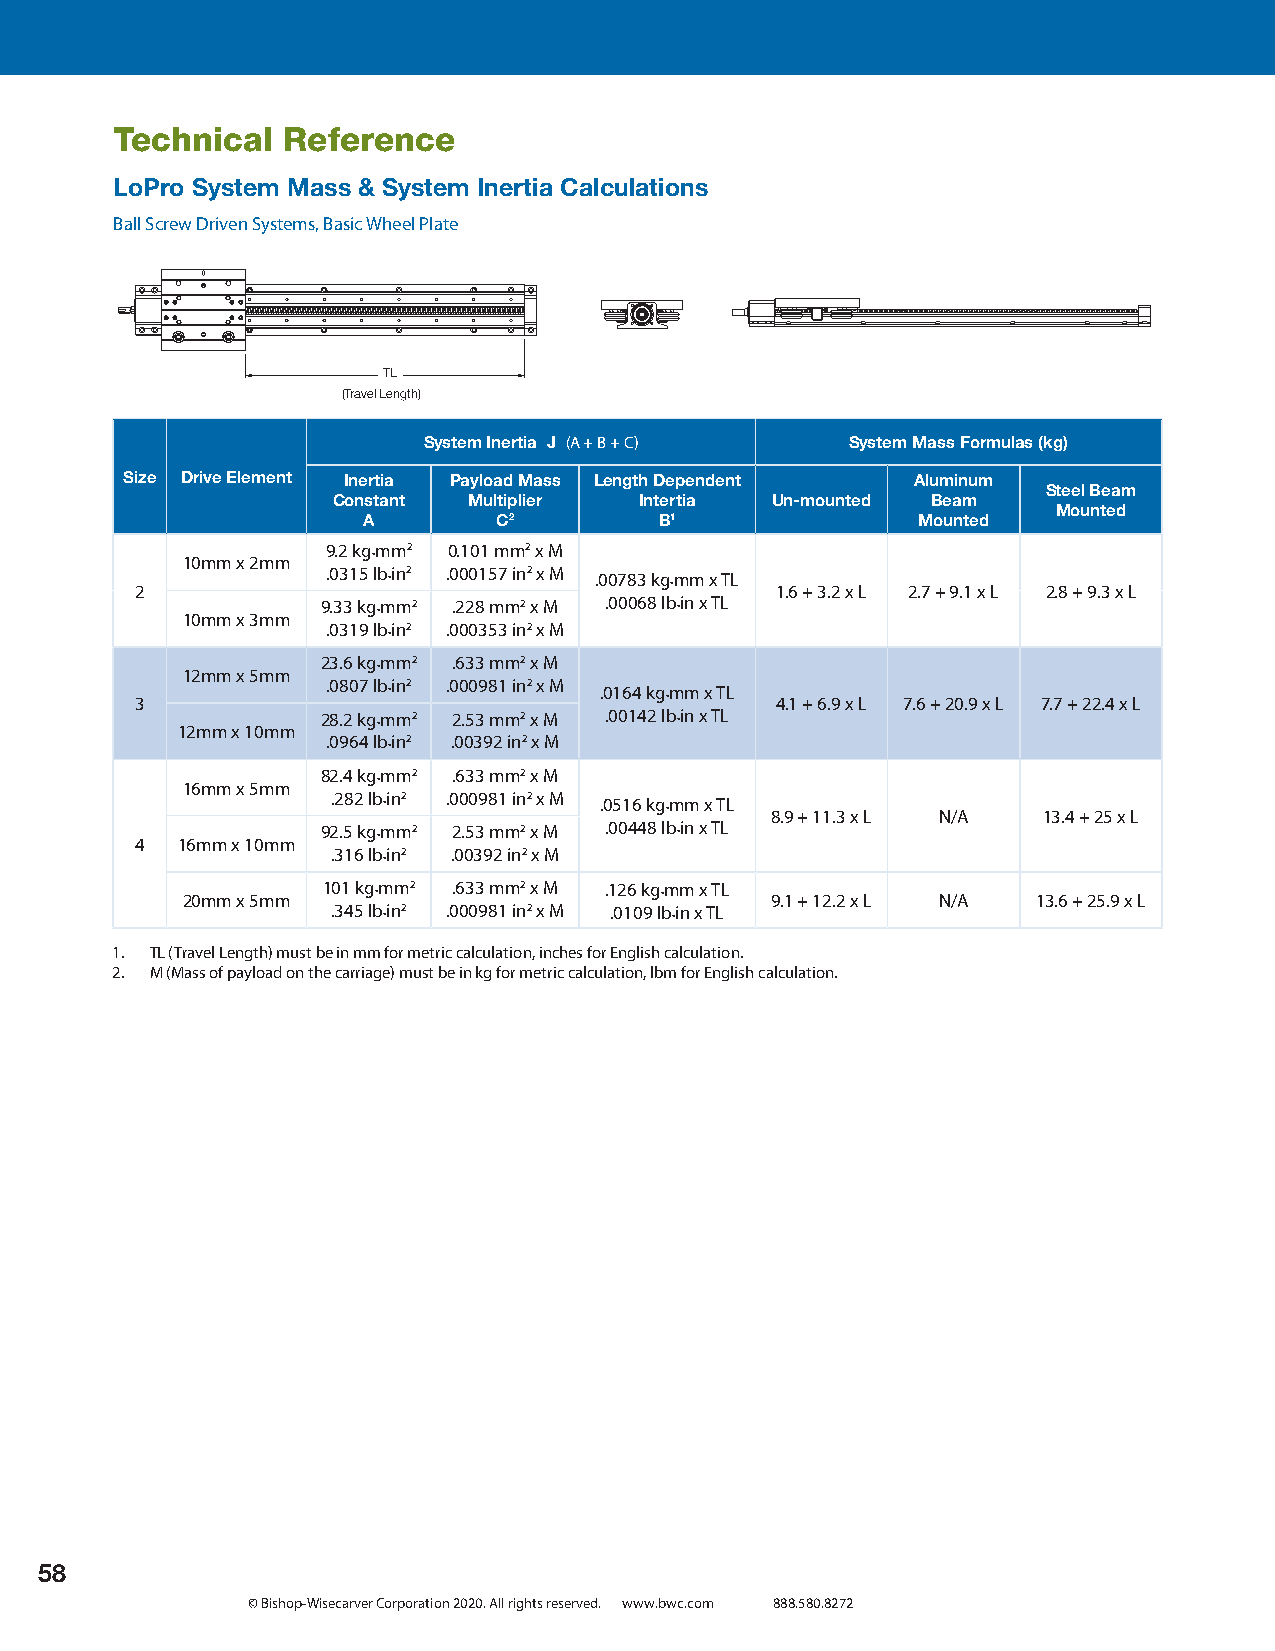
Technical  Reference
 LoPro System Mass & System Inertia Calculations
 Ball Screw Driven Systems, Basic Wheel Plate
 TL
 (Travel Length)
 System Inertia J (A + B + C) System Mass Formulas (kg)
 Size Drive Element Inertia Payload Mass Length Dependent Aluminum
 Steel Beam
 Constant Multiplier Intertia Un-mounted Beam
 Mounted
 A        C2         B1               Mounted
 9.2 kg•mm2 0.101 mm2 x M
 10mm x 2mm
 .0315 lb•in2 .000157 in2 x M
 .00783 kg•mm x TL
 2                                         1.6 + 3.2 x L 2.7 + 9.1 x L 2.8 + 9.3 x L
 9.33 kg•mm2 .228 mm2 x M .00068 lb•in x TL
 10mm x 3mm
 .0319 lb•in2 .000353 in2 x M
 23.6 kg•mm2 .633 mm2 x M
 12mm x 5mm
 .0807 lb•in2 .000981 in2 x M
 .0164 kg•mm x TL
 3                                         4.1 + 6.9 x L 7.6 + 20.9 x L 7.7 + 22.4 x L
 28.2 kg•mm2 2.53 mm2 x M .00142 lb•in x TL
 12mm x 10mm
 .0964 lb•in2 .00392 in2 x M
 82.4 kg•mm2 .633 mm2 x M
 16mm x 5mm
 .282 lb•in2 .000981 in2 x M
 .0516 kg•mm x TL
 8.9 + 11.3 x L N/A 13.4 + 25 x L
 92.5 kg•mm2 2.53 mm2 x M .00448 lb•in x TL
 4  16mm x 10mm
 .316 lb•in2 .00392 in2 x M
 101 kg•mm2 .633 mm2 x M .126 kg•mm x TL
 20mm x 5mm                             9.1 + 12.2 x L N/A 13.6 + 25.9 x L
 .345 lb•in2 .000981 in2 x M .0109 lb•in x TL
 1. TL (Travel Length) must be in mm for metric calculation, inches for English calculation.
 2. M (Mass of payload on the carriage) must be in kg for metric calculation, lbm for English calculation.
 58
 © Bishop-Wisecarver Corporation 2020. All rights reserved. www.bwc.com 888.580.8272